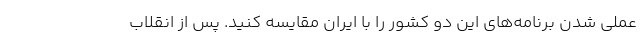
عملی شدن برنامه‌های این دو کشور را با ایران مقایسه کنید. پس از انقلاب